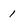
Character: 1